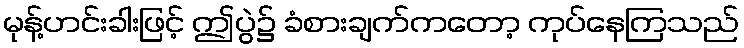
မုန့်ဟင်းခါးဖြင့် ဤပွဲ၌ ခံစားချက်ကတော့ ကုပ်နေကြသည်